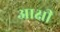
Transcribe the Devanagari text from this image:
आक्षी